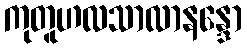
ကုတူဟလသာလာနန္ဒော